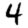
Digit: 4